Calcutta medical institutions reports 1871-78
Year: 1871
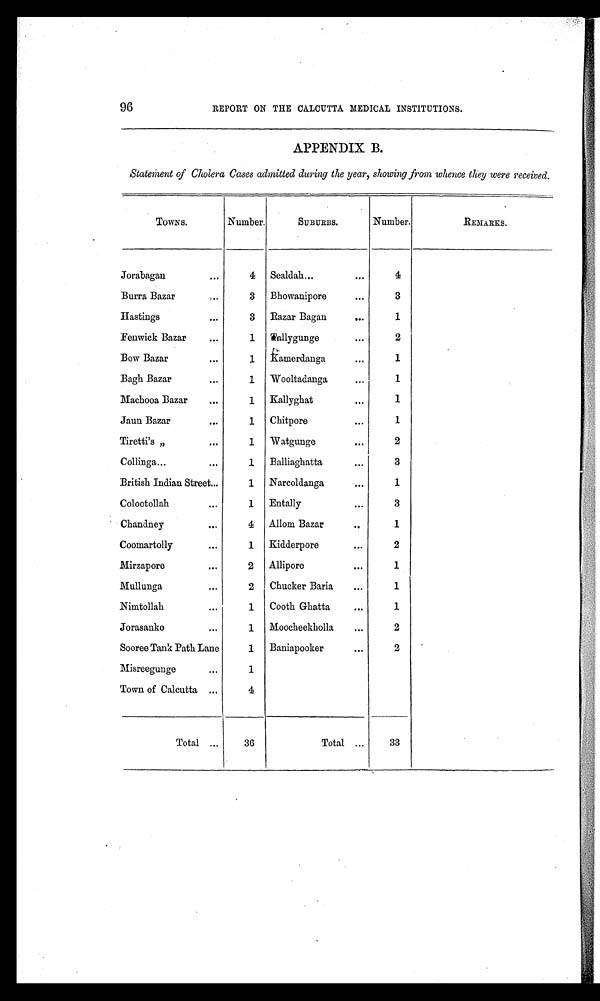
96
REPORT ON THE CALCUTTA MEDICAL INSTITUTIONS.
APPENDIX B.
Statement of Cholera Cases admitted during the year, showing from whence they were received.
TOWNS.
Number.
SUBURBS.
Number.
REMARKS.
Jorabagan
4 Sealdah
4
Burra Bazar
3
Bhowanipore
3
Hastings
3 Razar Bagan
1
Fenwick Bazar
1 Tallygunge
2
Bow Bazar
1 Kamerdanga
1
Bagh Bazar
1
Wooltadanga
1
Machooa Bazar
1 Kallyghat
1
Jaun Bazar
1
Chitpore
1
Tiretti's „
1 Watgunge
2
Collinga
1
Balliaghatta
3
British Indian Street
1
Narcoldanga
1
Colootollah
1 Entally
3
Chandney
4 Allom Bazar
1
Coomartolly
1 Kidderpore
2
Mirzapore
2 Allipore
1
Mullunga
2
Chucker Baria
1
Nimtollah
1
Cooth Ghatta
1
Jorasanko
1
Moocheekholla
2
Sooree Tank Path Lane
1
Baniapooker
2
Misreegunge
1
Town of Calcutta
4
Total
36
Total
33